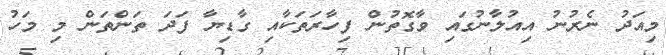
މިއަދު ނެރުނު އިއުލާނުގައި ވާގޮތުން ފިހާރަތަކާއި ގާޑިޔާ ފަދަ ތަންތަން މި މަހު